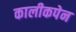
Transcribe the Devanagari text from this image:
कालीकपेन